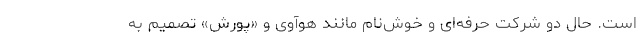
است. حال دو شرکت حرفه‌ای و خوش‌نام مانند هوآوی و «پورش» تصمیم به